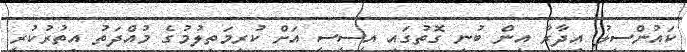
ކައުންސިލު އިދާރާ އިން ބުނި ގޮތުގައި އީސީސީ އަށް ކުރިމަތިލުމުގެ މުއްދަތު އިތުރުކުރީ